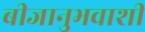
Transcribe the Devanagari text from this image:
बीजानुभवाशी